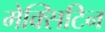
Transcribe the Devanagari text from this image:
मेक्सिटिन